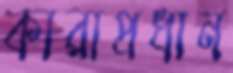
কারাপ্রধান